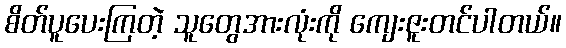
စိတ်ပူပေးကြတဲ့ သူတွေအားလုံးကို ကျေးဇူးတင်ပါတယ်။